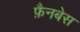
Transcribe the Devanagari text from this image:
फ़ैनबेस